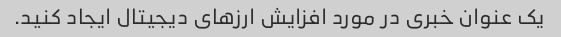
یک عنوان خبری در مورد افزایش ارزهای دیجیتال ایجاد کنید.